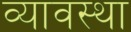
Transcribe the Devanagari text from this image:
व्यावस्था